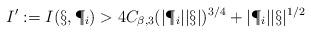
LaTeX: \begin{align*} I':=I(\S,\P_i)> 4C_{\beta,3} (|\P_i||\S|)^{3/4}+|\P_i||\S|^{1/2}\end{align*}